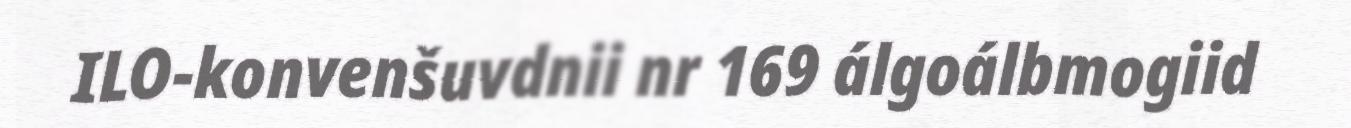
ILO-konvenšuvdnii nr 169 álgoálbmogiid